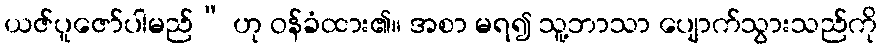
ယဇ်ပူဇော်ပါမည်” ဟု ဝန်ခံထား၏။ အစာ မရ၍ သူ့ဘာသာ ပျောက်သွားသည်ကို